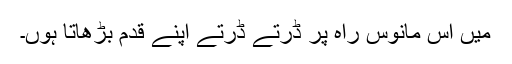
میں اس مانوس راہ پر ڈرتے ڈرتے اپنے قدم بڑھاتا ہوں۔